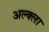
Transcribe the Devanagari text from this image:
अल्क्ला